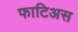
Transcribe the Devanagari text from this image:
फाटिअस